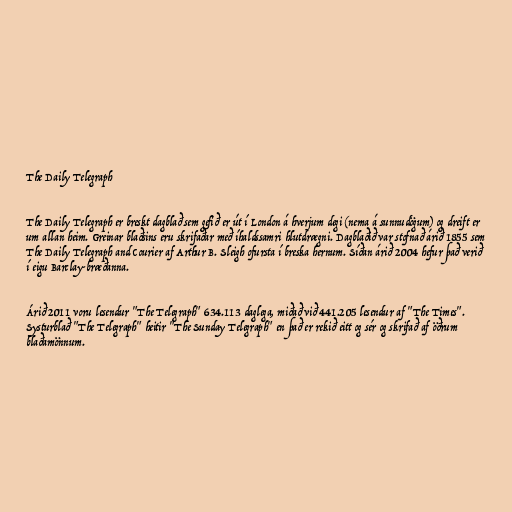
The Daily Telegraph

The Daily Telegraph er breskt dagblað sem gefið er út í London á hverjum degi (nema á sunnudögum) og dreift er
um allan heim. Greinar blaðsins eru skrifaðar með íhaldssamri hlutdrægni. Dagblaðið var stofnað árið 1855 sem
The Daily Telegraph and Courier af Arthur B. Sleigh ofursta í breska hernum. Síðan árið 2004 hefur það verið
í eigu Barclay-bræðanna.

Árið 2011 voru lesendur "The Telegraph" 634.113 daglega, miðað við 441.205 lesendur af "The Times".
Systurblað "The Telegraph" heitir "The Sunday Telegraph" en það er rekið eitt og sér og skrifað af öðrum
blaðamönnum.